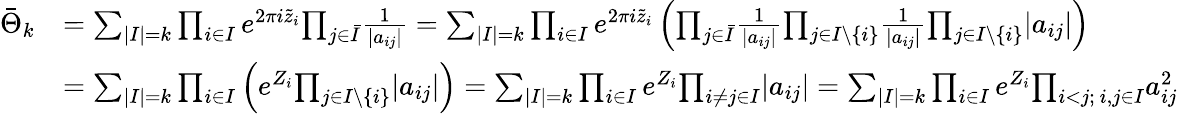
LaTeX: \begin{array}{rl}{{\bar{\Theta}_{k}}}&{{={\sum}_{|I|=k}\prod_{i\in I}e^{2\pi i\tilde{z}_{i}}{\prod_{j\in{\bar{I}}}}{\frac{1}{|a_{ij}|}}={\sum}_{|I|=k}\prod_{i\in I}e^{2\pi i\tilde{z}_{i}}\left({\prod_{j\in{\bar{I}}}}{\frac{1}{|a_{ij}|}}{\prod_{j\in I\setminus\{ i\} }}{\frac{1}{|a_{ij}|}}{\prod_{j\in I\setminus\{ i\} }}|a_{ij}|\right)}}\\ {{}}&{{={\sum}_{|I|=k}\prod_{i\in I}\left(e^{Z_{i}}{\prod_{j\in I\setminus\{ i\} }}|a_{ij}|\right)={\sum}_{|I|=k}\prod_{i\in I}e^{Z_{i}}{\prod_{i\ne j\in I}}|a_{ij}|={\sum}_{|I|=k}\prod_{i\in I}e^{Z_{i}}{\prod_{i<j;\ i,j\in I}}a_{ij}^{2}}}\end{array}